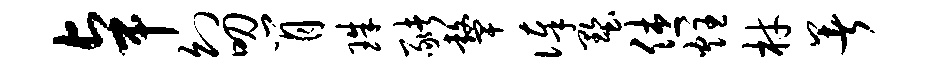
卓幻叨肖珠猪鼙俸墅休炷材暑